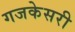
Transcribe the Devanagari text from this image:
गजकेसरी